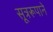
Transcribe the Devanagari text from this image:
सूत्ररूपाने